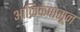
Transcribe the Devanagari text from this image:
आफ्रिकेपासून